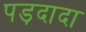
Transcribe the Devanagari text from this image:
पड़दादा